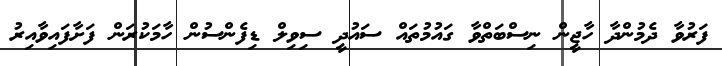
ފަރުވާ ދެމުންދާ ހާޖީން ނިސްބަތްވާ ގައުމުތައް ސައުދީ ސިވިލް ޑިފެންސުން ހާމަކުރަން ފަށާފައިވާއިރު